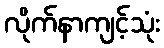
လိုက်နာကျင့်သုံး